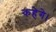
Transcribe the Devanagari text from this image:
कहेगे।